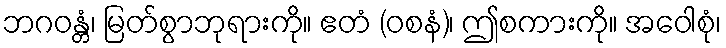
ဘဂဝန္တံ၊ မြတ်စွာဘုရားကို။ ဧတံ (ဝစနံ)၊ ဤစကားကို။ အဝေါစုံ၊